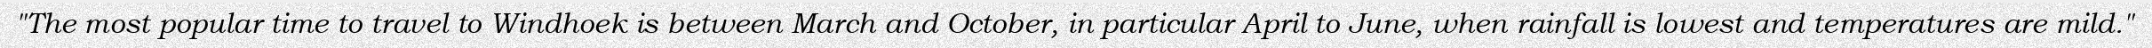
"The most popular time to travel to Windhoek is between March and October, in particular April to June, when rainfall is lowest and temperatures are mild."